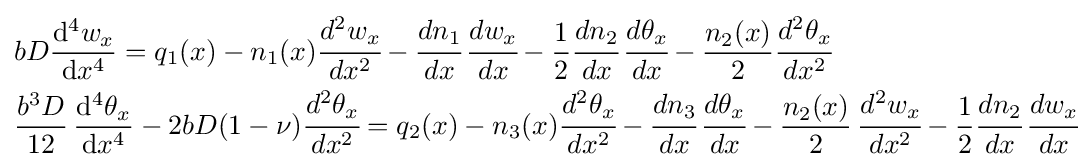
{\begin{aligned}&bD{\frac {\mathrm {d} ^{4}w_{x}}{\mathrm {d} x^{4}}}=q_{1}(x)-n_{1}(x){\cfrac {d^{2}w_{x}}{dx^{2}}}-{\cfrac {dn_{1}}{dx}}\,{\cfrac {dw_{x}}{dx}}-{\frac {1}{2}}{\cfrac {dn_{2}}{dx}}\,{\cfrac {d\theta _{x}}{dx}}-{\frac {n_{2}(x)}{2}}{\cfrac {d^{2}\theta _{x}}{dx^{2}}}\\&{\frac {b^{3}D}{12}}\,{\frac {\mathrm {d} ^{4}\theta _{x}}{\mathrm {d} x^{4}}}-2bD(1-\nu ){\cfrac {d^{2}\theta _{x}}{dx^{2}}}=q_{2}(x)-n_{3}(x){\cfrac {d^{2}\theta _{x}}{dx^{2}}}-{\cfrac {dn_{3}}{dx}}\,{\cfrac {d\theta _{x}}{dx}}-{\frac {n_{2}(x)}{2}}\,{\cfrac {d^{2}w_{x}}{dx^{2}}}-{\frac {1}{2}}{\cfrac {dn_{2}}{dx}}\,{\cfrac {dw_{x}}{dx}}\end{aligned}}